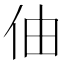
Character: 伷